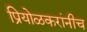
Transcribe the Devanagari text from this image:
प्रियोळकरांनीच